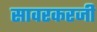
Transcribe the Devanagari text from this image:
सावरकरजी